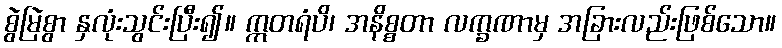
စွဲမြဲစွာ နှလုံးသွင်းပြီး၍။ ဣတရံပိ၊ အနိစ္စတာ လက္ခဏာမှ အခြားလည်းဖြစ်သော။